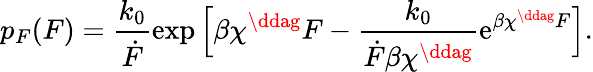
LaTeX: p_{F}(F)=\frac{k_{0}}{\dot{F}}\exp{\Big[\beta\chi^{\ddag}F-\frac{k_{0}}{\dot{F}\beta\chi^{\ddag}}\mathrm{e}^{\beta\chi^{\ddag}F}\Big]}.